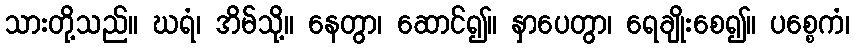
သားတို့သည်။ ဃရံ၊ အိမ်သို့။ နေတွာ၊ ဆောင်၍။ နှာပေတွာ၊ ရေချိုးစေ၍။ ပစ္စေကံ၊